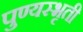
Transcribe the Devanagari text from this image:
पुण्यस्भृती